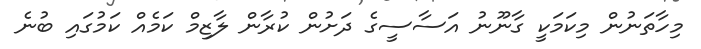
މިހާތަނުން މިކަމަކީ ގާނޫނު އަސާސީގެ ދަށުން ކުރާން ލާޒިމް ކަމެއް ކަމުގައި ބުނެ